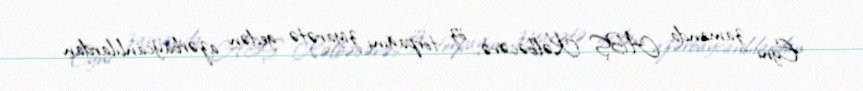
Eyni zamanda ABŞ Kəlbəcərə, öz torpağını ziyarətə gedən azərbaycanlılardan